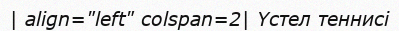
| align="left" colspan=2| Үстел теннисі